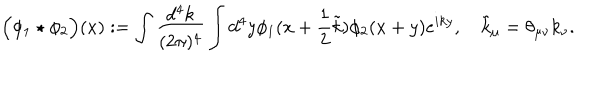
\Big ( \phi _ { 1 } \star \phi _ { 2 } \Big ) ( x ) : = \int \frac { d ^ { 4 } k } { ( 2 \pi ) ^ { 4 } } \int d ^ { 4 } y \phi _ { 1 } ( x + \frac 1 2 \tilde { k } ) \phi _ { 2 } ( x + y ) e ^ { i k y } , \quad \tilde { k } _ { \mu } = \theta _ { \mu \nu } k _ { \nu } .